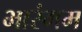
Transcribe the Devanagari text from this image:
भारंगम